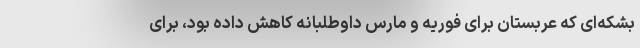
بشکه‌ای که عربستان برای فوریه و مارس داوطلبانه کاهش داده بود، برای